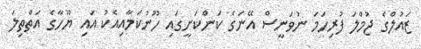
ޒައުލްގެ ޖުމްލަ ފުރިހަމަ ނުވަނީސް އޭނަގެ ކަންކަށީގައި ހޫނުކަމާއިއެކު އައި ޔޫހާގެ އަތްތިލަ